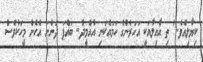
ކިޔާލިއެވެ." ތި އާއިލާއަކީ އަހަރެންގެ ހަމައެކަނި އުއްމީދު.. ބައްޕަ ދަންނަ އެހެން މީހަކުވެސް